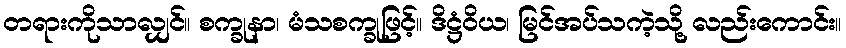
တရားကိုသာလျှင်။ စက္ခုနာ၊ မံသစက္ခုဖြင့်။ ဒိဋ္ဌံဝိယ၊ မြင်အပ်သကဲ့သို့ လည်းကောင်း။